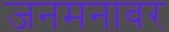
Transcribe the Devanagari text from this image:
जनमनावर